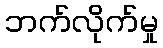
ဘက်လိုက်မှု